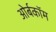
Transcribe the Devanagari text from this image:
ओर्बकॉम